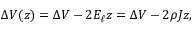
\Delta V ( z ) = \Delta V - 2 E _ { \ell } z = \Delta V - 2 \rho J z ,